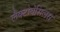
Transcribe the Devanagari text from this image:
लैक्टोबेसिलस